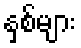
နှစ်များ